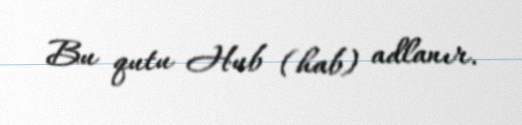
Bu qutu Hub (hab) adlanır.